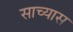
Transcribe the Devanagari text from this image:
साच्यास